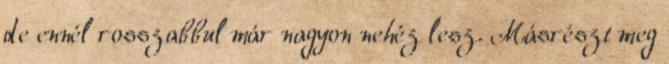
de ennél rosszabbul már nagyon nehéz lesz. Másrészt meg